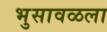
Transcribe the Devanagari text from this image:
भुसावळला